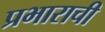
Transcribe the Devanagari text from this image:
प्रभाराची